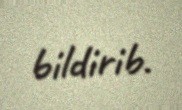
bildirib.